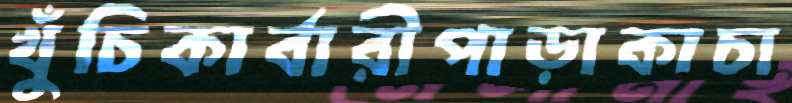
খুঁচিকার্বারীপাড়াকাচা